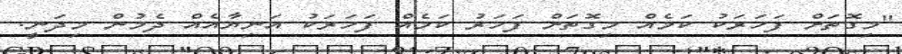
"މިގޮތަށް ފަހަރަކު ކަމެއް މިގޮތަށް ފަހަރު ކަމެއް ފަހަރަކު އަނިޔާއެއް ދެމުން މިދަނީ.